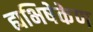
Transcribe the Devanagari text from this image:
ह्यभिषेकेण